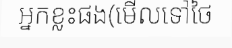
អ្នកខ្លះផង(មើលទៅថៃ